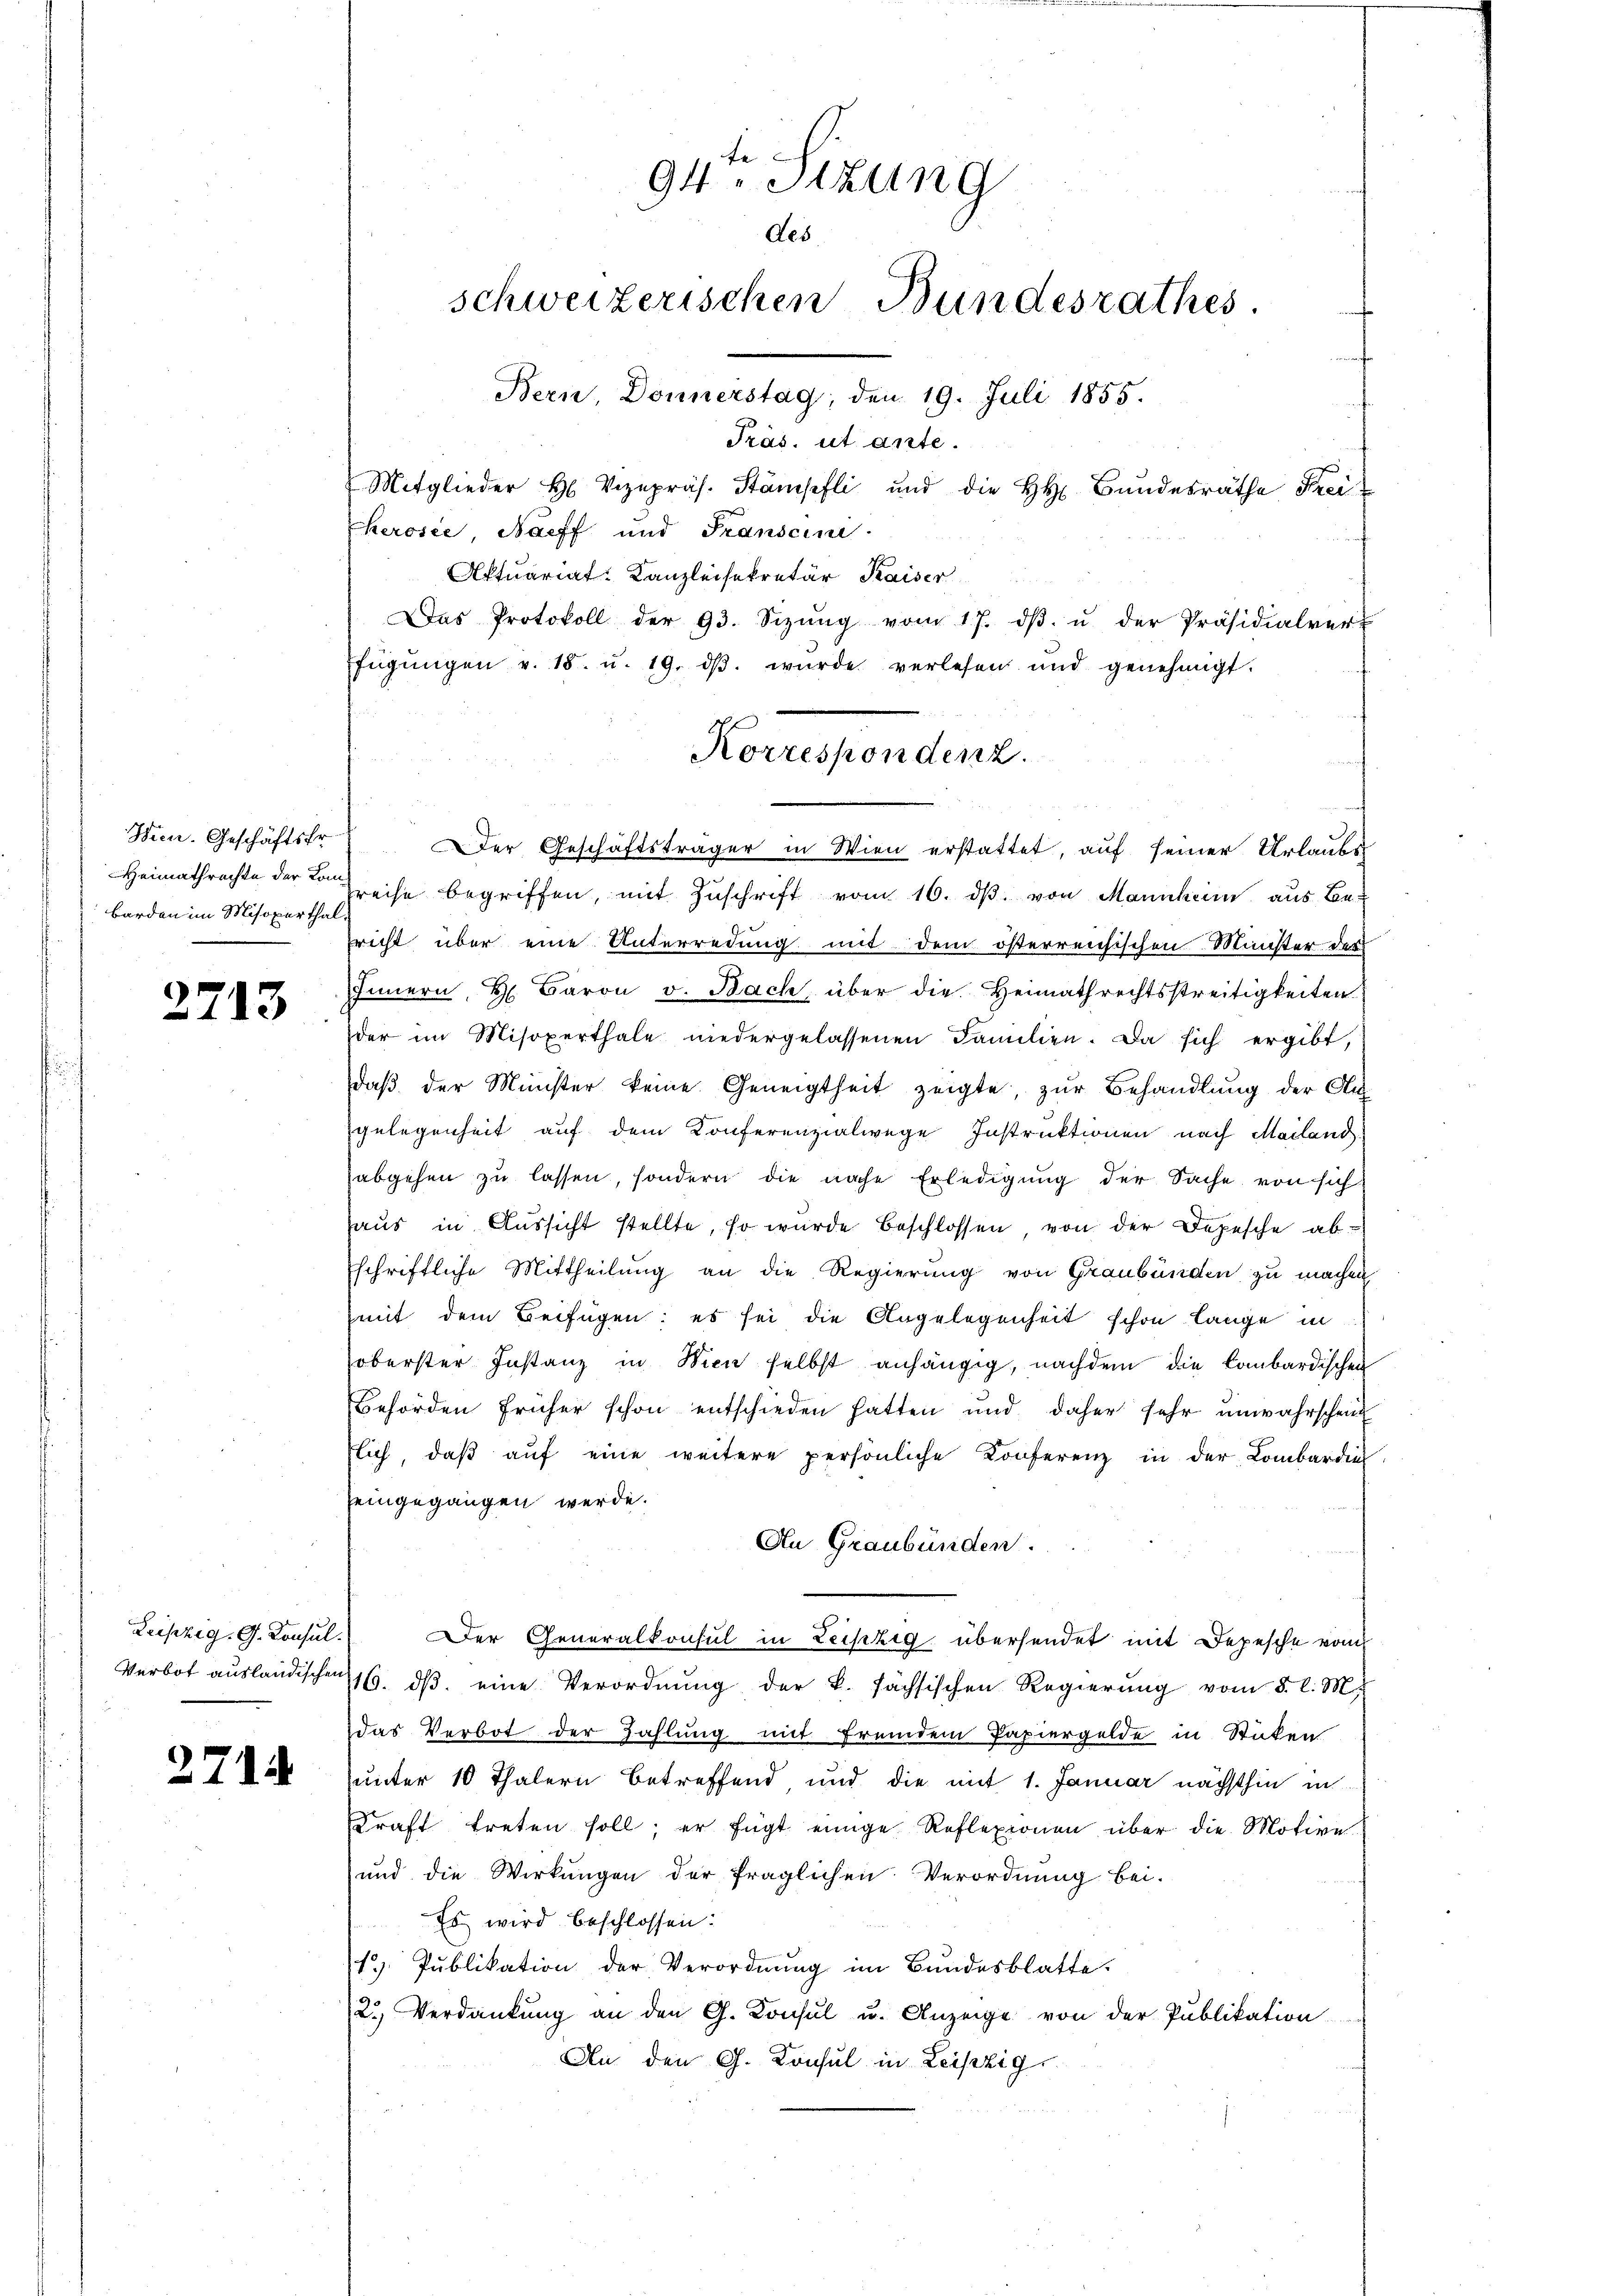
Heen. Geschäftsfr.
Heimathrechte der Kombarden im Misoxerthal¬

2713

Leipzig. G. Konsul
d

2714

Präs. ut ante.
Mitglieder H. Vizepräs. Stämpfli und die h. Bŭndesräthe Frei-
kerose, Nacff und Franscini
Aktuariat Kanzleisekretär Kaiser
Das Protokoll der 93. Sizŭng vom 17. dβ u der Präsidialver
fügŭngen v. 18. u. 19. dβ. wŭrde verlesen und genehmigt.
Der Geschäftsträger in Wien erstattet, auf seiner Urlaubs
Preise begriffen, mit Zuschrift vom 16. dβ. von Mannheim, aus Bericht über eine Unterredung mit dem österreichischen Minister der
Innern, H. Baron v. Bach, über die Heimathrechtsstreitigkeiten
der im Misoxerthale niedergelassenen Familien. Da sich ergibt,
daβ der Münster keine Geneigtheit zeigte, zŭr Behandlung der Au
gelegenheit auf dem Konferenzialwege Instruktionen nach Mailand
abgehen zu lassen, sondern die nahe Erledigung der Sache von sich
haus in Aussicht stellte, so wurde beschlossen, von der Depesche abschriftliche Mittheilung an die Regierung von Graubünden zu machen
mit dem Beifügen: es sei die Angelegenheit schon lange in
oberster Instanz in Wien selbst anhängig, nachdem die lombardischen
Behörden früher schon entschieden hatten und daher sehr unwahrschein
flich, daβ aŭf eine weitere persönliche Konferenz in der Lombardin
eingegangen werde.
An Graubünden.
Der Generalkonsul in Leipzig übersendet mit Depesche von
Verbot aŭslandschen 16. dβ eine Verordnŭng der k. sächsischen Regierŭng vom 8. l. M.
das Verbot der Zahlung mit fremdem Papiergelde in Stücken
unter 10 Thalern betreffend und die mit 1. Januar nächsthin in
Kraft treten soll; er fügt einige Reflexionen, über die Motive
und die Wirkungen der fraglichen Verordnung bei.
Es wird beschlossen:
1. Publikation der Verordnung im Bundesblatte.
2.) Verdankŭng an den G. Konsul u. Anzeige von der Publikation
An den G. Konsul in Leipzig

94. Stzung
des.
schweizerischen Bundesrathes.
Bern, Donnerstag, den 19. Juli 1855.

Korrespondenz.